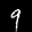
Label: 9